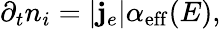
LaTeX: \partial_{t}n_{i}=|{\mathbf j}_{e}|\alpha_{\mathrm{eff}}(E),